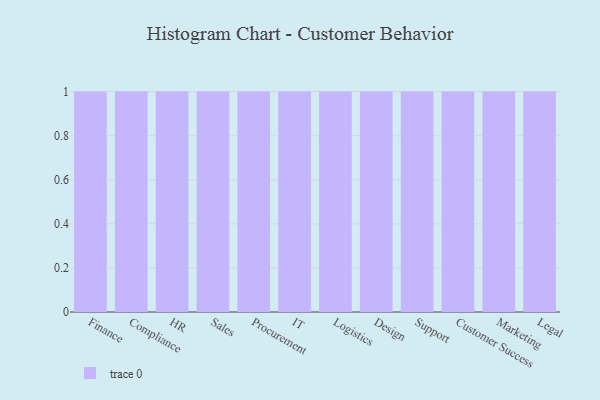
{"axis": {"x": "Department", "y": "Population (Million)"}, "legend": [""], "data": [{"x": "Finance", "y": 13, "type": ""}, {"x": "Compliance", "y": 35, "type": ""}, {"x": "HR", "y": 59, "type": ""}, {"x": "Sales", "y": 27, "type": ""}, {"x": "Procurement", "y": 22, "type": ""}, {"x": "IT", "y": 78, "type": ""}, {"x": "Logistics", "y": 89, "type": ""}, {"x": "Design", "y": 45, "type": ""}, {"x": "Support", "y": 59, "type": ""}, {"x": "Customer Success", "y": 4, "type": ""}, {"x": "Marketing", "y": 22, "type": ""}, {"x": "Legal", "y": 6, "type": ""}]}